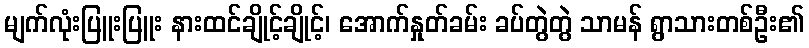
မျက်လုံးပြူးပြူး နားထင်ချိုင့်ချိုင့်၊ အောက်နှုတ်ခမ်း ခပ်တွဲတွဲ သာမန် ရွာသားတစ်ဦး၏